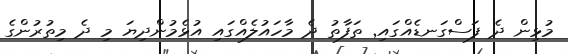
މުޅިން ދެ ފަސްގަނޑެއްގައި